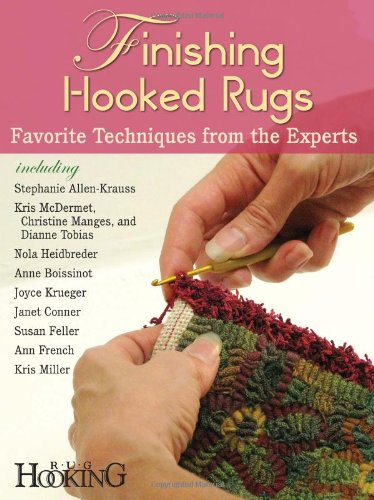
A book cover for Finishing Hooked Rugs: Favorite Techniques from the Experts; Crafts, Hobbies & Home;